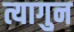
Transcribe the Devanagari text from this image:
त्यागुन